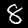
Label: 8